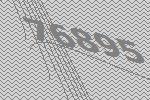
76895